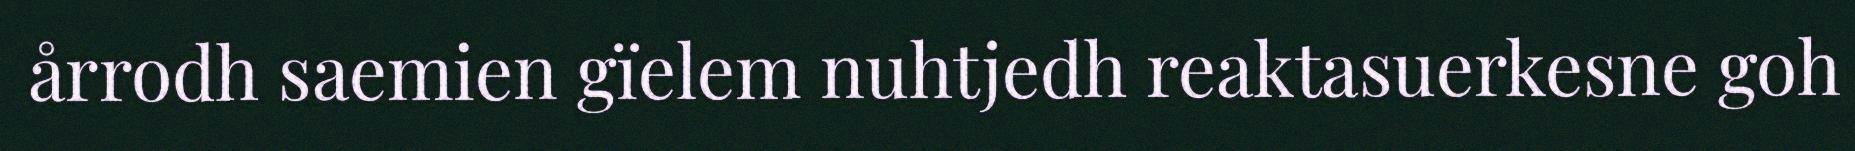
årrodh saemien gïelem nuhtjedh reaktasuerkesne goh